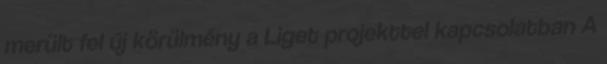
merült fel új körülmény a Liget projekttel kapcsolatban A